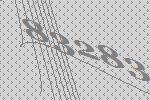
83283